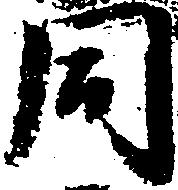
同